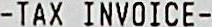
-TAX INVOICE-